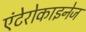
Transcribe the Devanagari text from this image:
एंटेरोकाइनेज